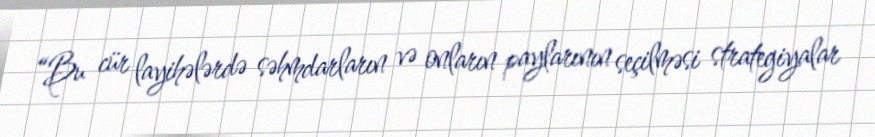
“Bu cür layihələrdə səhmdarların və onların paylarının seçilməsi strategiyalar